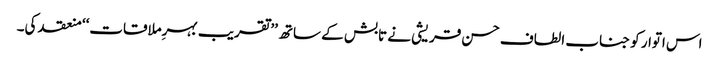
اس اتوار کو جناب الطاف حسن قریشی نے تابش کے ساتھ ’’تقریب بہرِملاقات‘‘ منعقد کی۔